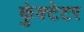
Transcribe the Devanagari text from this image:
कुंक्टेटर